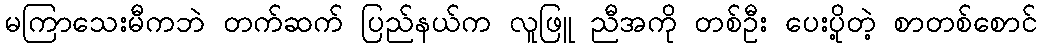
မကြာသေးမီကဘဲ တက်ဆက် ပြည်နယ်က လူဖြူ ညီအကို တစ်ဦး ပေးပို့တဲ့ စာတစ်စောင်